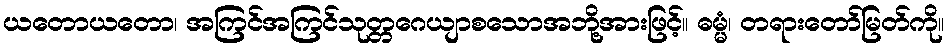
ယတောယတော၊ အကြင်အကြင်သုတ္တဂေယျာစသောအဘို့အားဖြင့်။ ဓမ္မံ၊ တရားတော်မြတ်ကို။